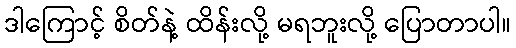
ဒါကြောင့် စိတ်နဲ့ ထိန်းလို့ မရဘူးလို့ ပြောတာပါ။